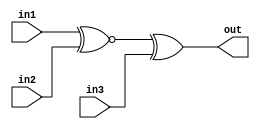
module top_module(
  input in1,
  input in2,
  input in3,
  output out
);
  wire in1xnorin2;
  assign in1xnorin2 = in1 ~^ in2;
  assign out = in1xnorin2 ^ in3;
endmodule